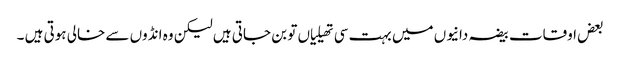
بعض اوقات بیضہ دانیوں میں بہت سی تھیلیاں تو بن جاتی ہیں لیکن وہ انڈوں سے خالی ہوتی ہیں ۔